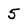
Character: 5